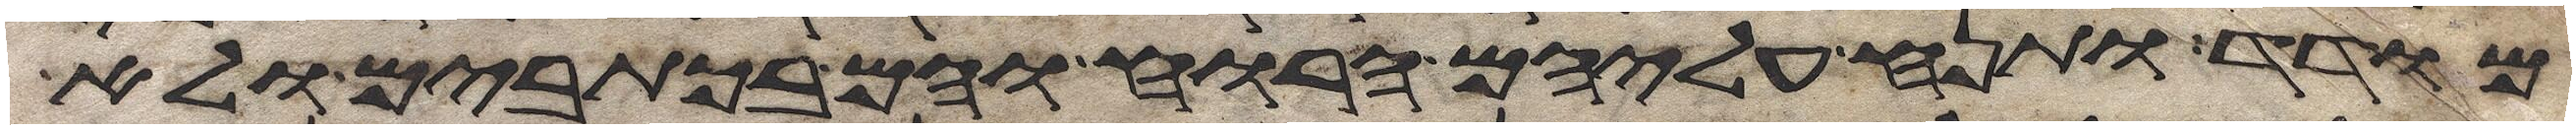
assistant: מודד ותנח עליהם הרוח והם בכתובים ולא